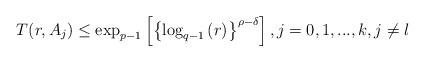
LaTeX: \begin{align*}T(r,A_{j})\leq \exp _{p-1}\left[ \left\{ \log _{q-1}\left( r\right) \right\}^{\rho -\delta }\right] ,j=0,1,...,k,j\neq l \end{align*}